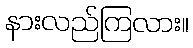
နားလည်ကြလား။